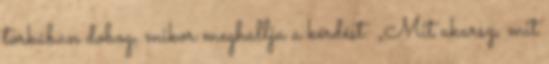
torkában dobog, mikor meghallja a kérdést: „Mit akarsz, mit